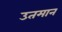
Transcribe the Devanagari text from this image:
उतमान